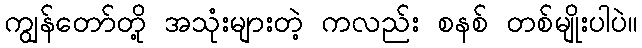
ကျွန်တော်တို့ အသုံးများတဲ့ ကလည်း စနစ် တစ်မျိုးပါပဲ။